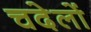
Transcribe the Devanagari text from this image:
चदेलों